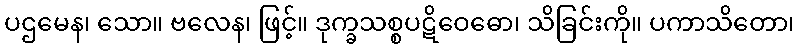
ပဌမေန၊ သော။ ဗလေန၊ ဖြင့်။ ဒုက္ခသစ္စပဋိဝေဓော၊ သိခြင်းကို။ ပကာသိတော၊